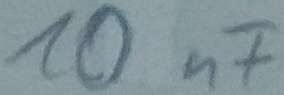
Text: 10nF